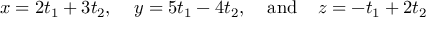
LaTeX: x = 2 t _ { 1 } + 3 t _ { 2 } , \; \; \; \; y = 5 t _ { 1 } - 4 t _ { 2 } , \; \; \; \; { \mathrm { a n d } } \; \; \; \; z = - t _ { 1 } + 2 t _ { 2 }